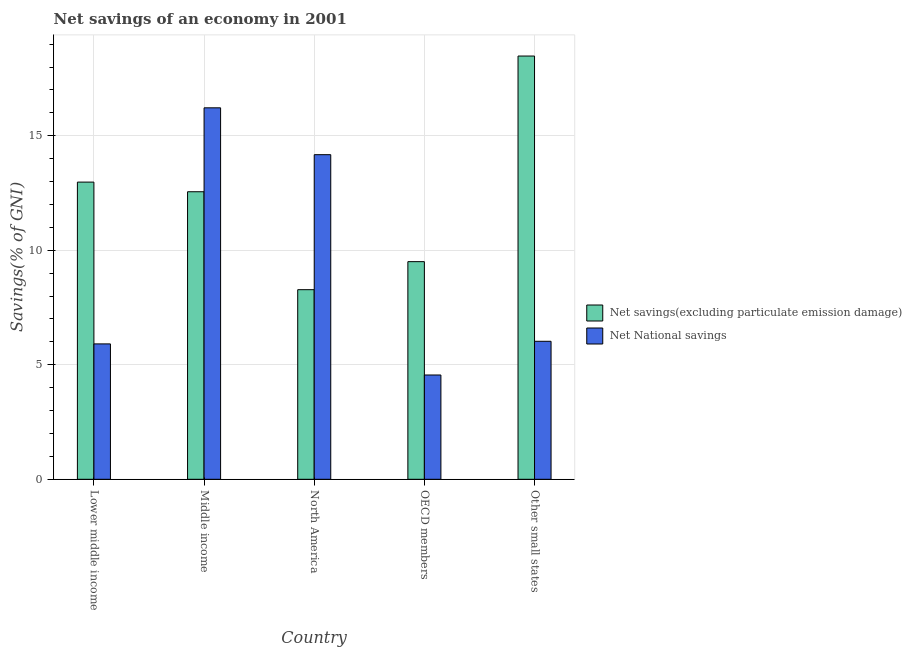
| Country | Net savings(excluding particulate emission damage) | Net National savings |
 | --- | --- | --- |
 | Lower middle income | 13 | 5.91 |
 | Middle income | 12.6 | 16.2 |
 | North America | 8.28 | 14.2 |
 | OECD members | 9.5 | 4.55 |
 | Other small states | 18.5 | 6.03 |